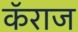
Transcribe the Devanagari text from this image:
कॅराज